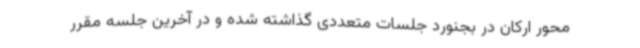
محور ارکان در بجنورد جلسات متعددی گذاشته شده و در آخرین جلسه مقرر